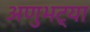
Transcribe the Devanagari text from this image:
अणुभट्या